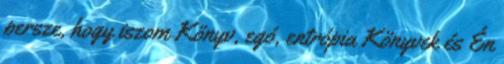
persze, hogy iszom Könyv, egó, entrópia Könyvek és Én